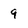
Character: 9